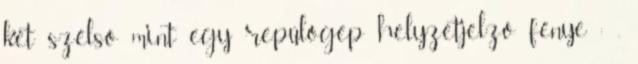
két szélsö mint egy repülögép helyzetjelzö fénye : .